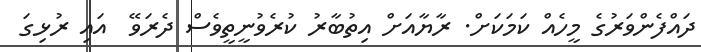
ދައްފެންވަރުގެ މީހެއް ކަމަކަށް. ރާޔާއަށް އިތުބާރު ކުރެވުނީތީވެސް ދެރަވޭ  އައި ރުޅިގަ